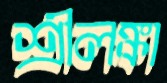
শ্রীলঙ্কা